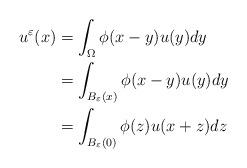
LaTeX: \begin{align*}u^{\varepsilon}(x) & =\int_{\Omega}\phi(x-y)u(y)dy\\& =\int_{B_{\varepsilon}(x)}\phi(x-y)u(y)dy\\& =\int_{B_{\varepsilon}(0)}\phi(z)u(x+z)dz\end{align*}